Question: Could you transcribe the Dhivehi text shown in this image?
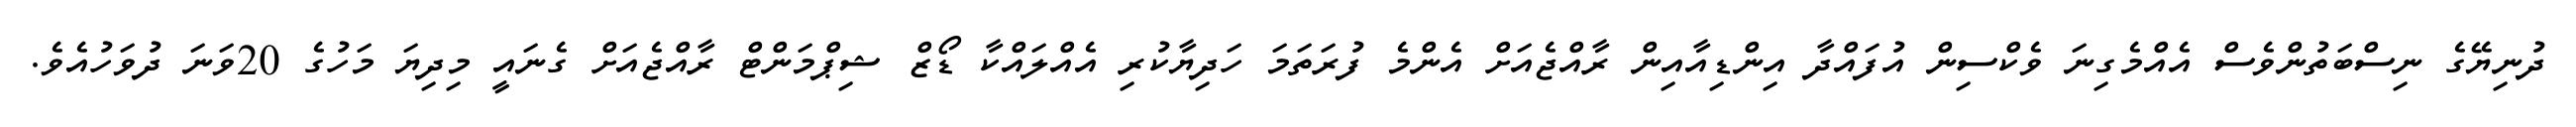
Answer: ދުނިޔޭގެ ނިސްބަތުންވެސް އެއްމެގިނަ ވެކްސިން އުފައްދާ އިންޑިއާއިން ރާއްޖެއަށް އެންމެ ފުރަތަމަ ހަދިޔާކުރި އެއްލައްކާ ޑޯޒް ޝިޕްމަންޓް ރާއްޖެއަށް ގެނައީ މިދިޔަ މަހުގެ 20ވަނަ ދުވަހުއެވެ.